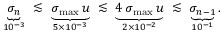
\begin{array} { r } { \underbrace { \sigma _ { n } } _ { 1 0 ^ { - 3 } } \ \lesssim \ \underbrace { \sigma _ { \operatorname* { m a x } } \, u } _ { 5 \times 1 0 ^ { - 3 } } \ \lesssim \ \underbrace { 4 \, \sigma _ { \operatorname* { m a x } } \, u } _ { 2 \times 1 0 ^ { - 2 } } \ \lesssim \ \underbrace { \sigma _ { n - 1 } } _ { 1 0 ^ { - 1 } } . } \end{array}